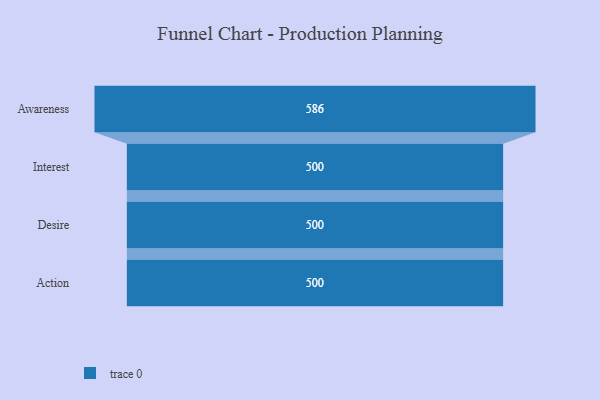
{"axis": {"x": "Stage", "y": "Value"}, "legend": [""], "data": [{"x": "Awareness", "y": 586.0, "type": ""}, {"x": "Interest", "y": 500, "type": ""}, {"x": "Desire", "y": 500, "type": ""}, {"x": "Action", "y": 500, "type": ""}]}